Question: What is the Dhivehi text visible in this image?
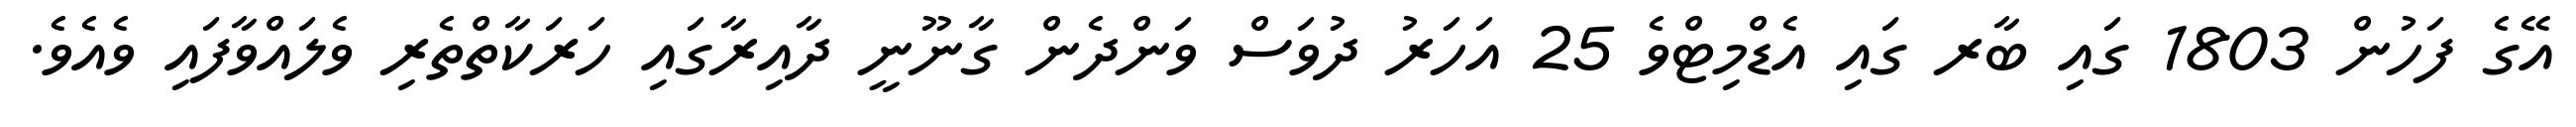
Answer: އޭގެ ފަހުން 1803 ގައި ބާރ ގައި އެޑްމިޓްވެ 25 އަހަރު ދުވަސް ވަންދެން ގާނޫނީ ދާއިރާގައި ހަރަކާތްތެރި ވެލައްވާފައި ވެއެވެ.